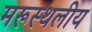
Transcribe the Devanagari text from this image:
मरूस्‍थलीय